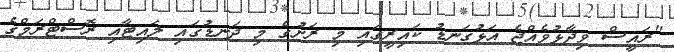
"ރައީސް ވިދާޅުވެއްޖެ އަޅުގަނޑު ކައިރީގައި މި ރަށުގެ މި ދަނޑުގައި ލައިޓާއި ރޮސްޓްރަމްގެ